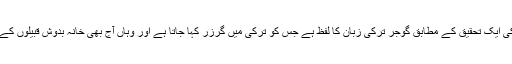
ٹرائیبل ریسرچ اینڈ کلچرل فاؤنڈیشن کی ایک تحقیق کے مطابق گوجر ترکی زبان کا لفظ ہے جس کو ترکی میں گرزر کہا جاتا ہے اور وہاں آج بھی خانہ بدوش قبیلوں کے لئے اس لفظ کا استعمال کیا جاتا ہے۔